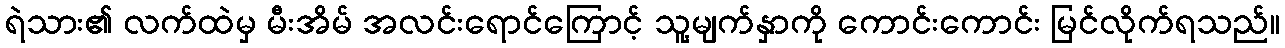
ရဲသား၏ လက်ထဲမှ မီးအိမ် အလင်းရောင်ကြောင့် သူ့မျက်နှာကို ကောင်းကောင်း မြင်လိုက်ရသည်။